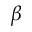
\beta